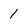
Character: 1